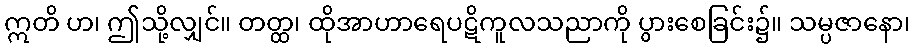
ဣတိ ဟ၊ ဤသို့လျှင်။ တတ္ထ၊ ထိုအာဟာရေပဋိကူလသညာကို ပွားစေခြင်း၌။ သမ္ပဇာနော၊